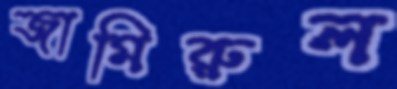
জামিরুল